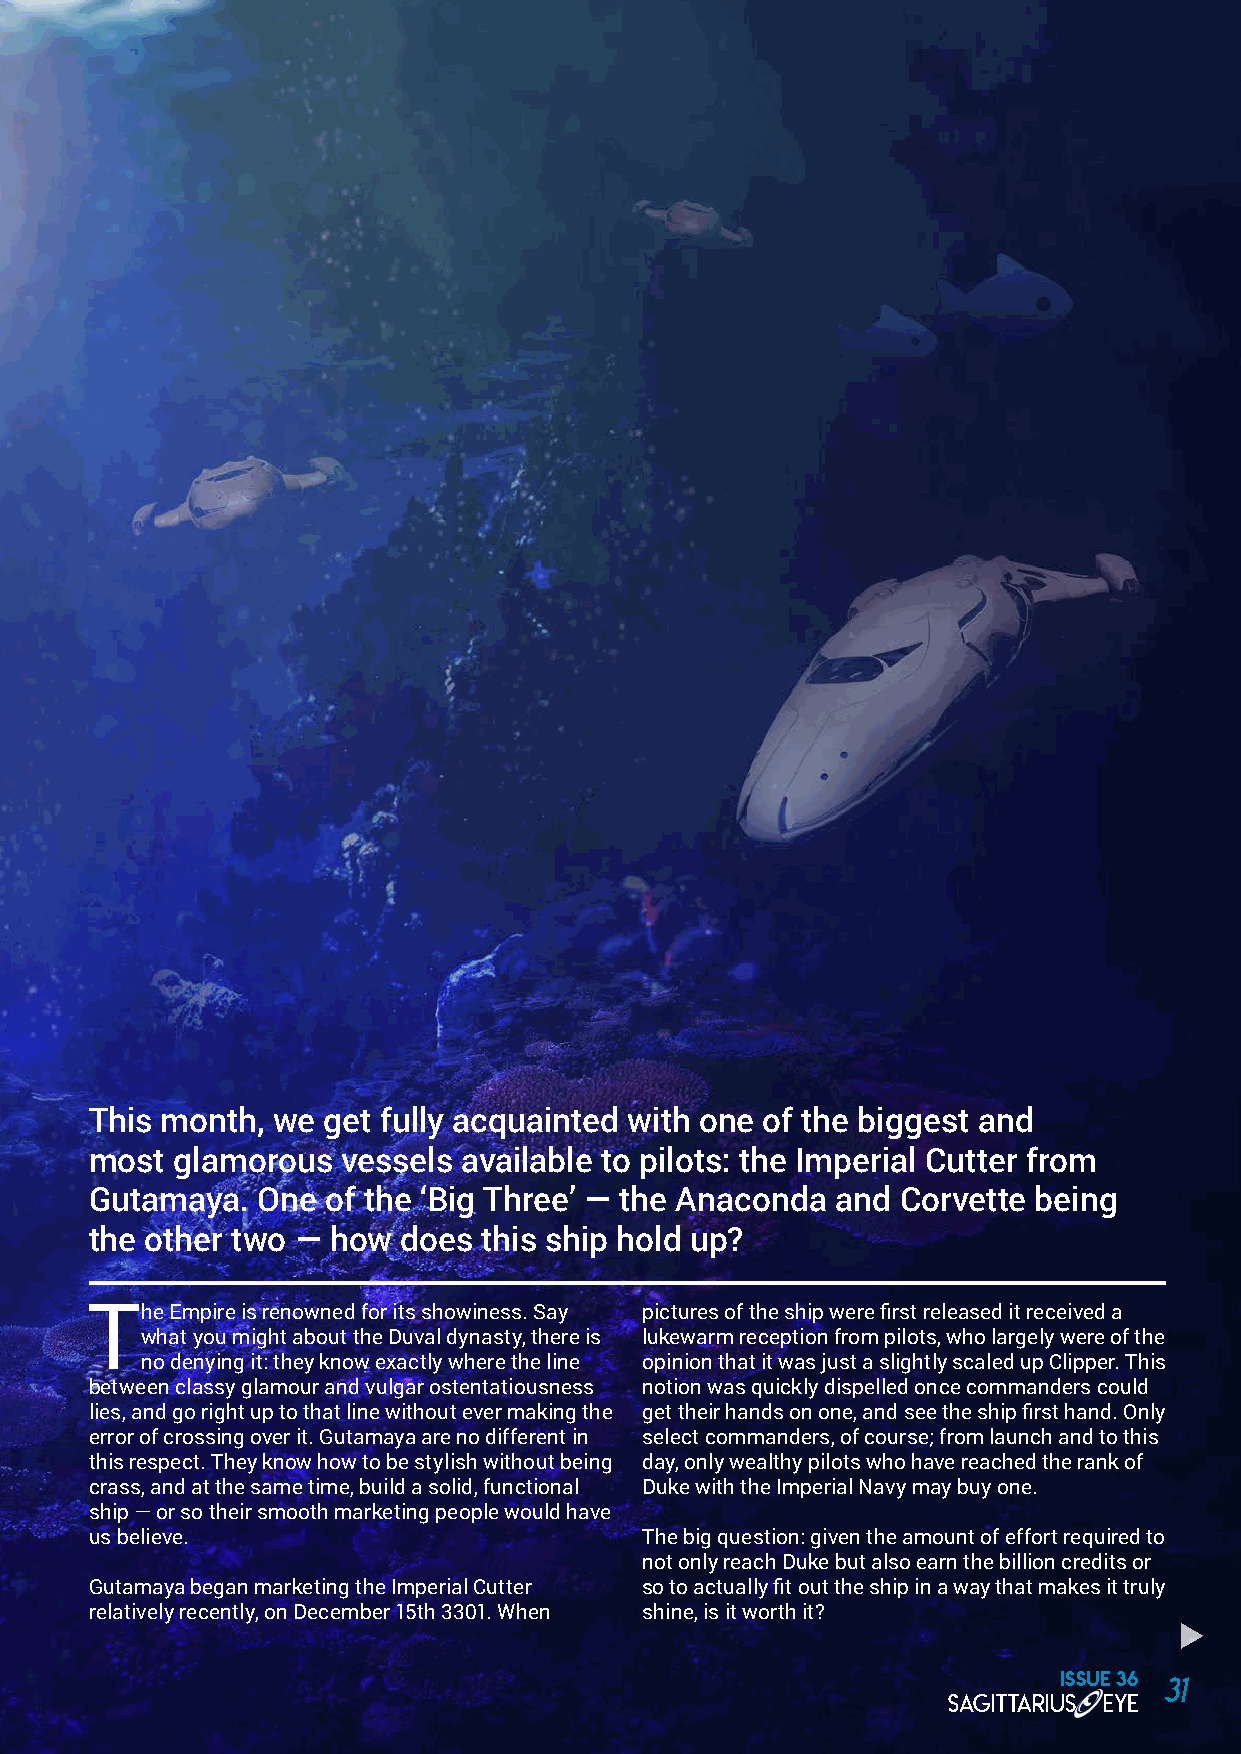
This month, we get fully acquainted with one of the biggest and
 most glamorous   vessels available to pilots: the Imperial Cutter from
 Gutamaya.  One  of the ‘Big Three’ — the Anaconda and Corvette being
 the other two — how does  this ship hold up?
 The  Empire is renowned for its showiness. Say pictures of the ship were first released it received a
 what you might about the Duval dynasty, there is lukewarm reception from pilots, who largely were of the
 no denying it: they know exactly where the line opinion that it was just a slightly scaled up Clipper. This
 between classy glamour and vulgar ostentatiousness notion was quickly dispelled once commanders could
 lies, and go right up to that line without ever making the get their hands on one, and see the ship first hand. Only
 error of crossing over it. Gutamaya are no different in select commanders, of course; from launch and to this
 this respect. They know how to be stylish without being day, only wealthy pilots who have reached the rank of
 crass, and at the same time, build a solid, functional Duke with the Imperial Navy may buy one.
 ship — or so their smooth marketing people would have
 us believe.                         The big question: given the amount of effort required to
 not only reach Duke but also earn the billion credits or
 Gutamaya began marketing the Imperial Cutter so to actually fit out the ship in a way that makes it truly
 relatively recently, on December 15th 3301. When shine, is it worth it?
 ISSUE 36 31